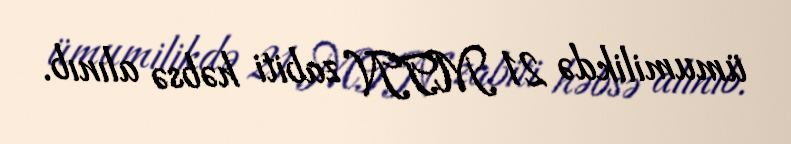
ümumilikdə 21 MTN zabiti həbsə alınıb.